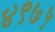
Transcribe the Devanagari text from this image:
४९७५